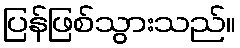
ပြန်ဖြစ်သွားသည်။